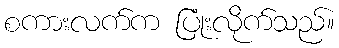
စကားလက်က ပြုံးလိုက်သည်။